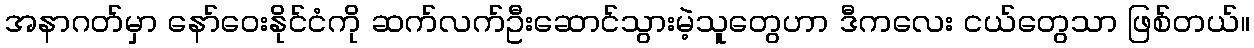
အနာဂတ်မှာ နော်ဝေးနိုင်ငံကို ဆက်လက်ဦးဆောင်သွားမဲ့သူတွေဟာ ဒီကလေး ငယ်တွေသာ ဖြစ်တယ်။